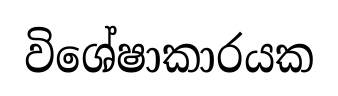
විශේෂාකාරයක